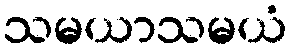
သမယာသမယံ